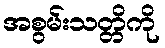
အစွမ်းသတ္တိကို